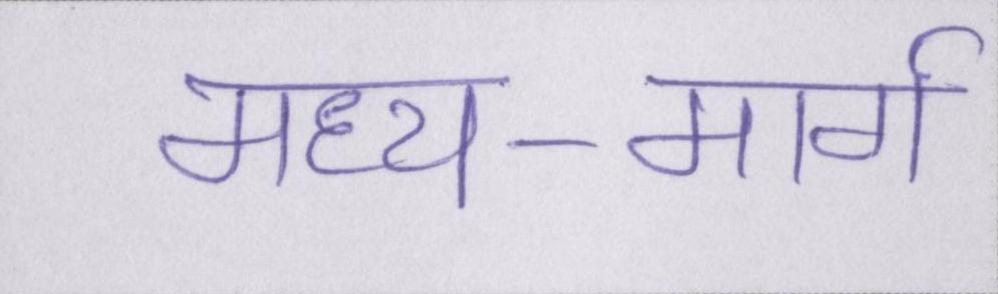
मध्य-मार्ग